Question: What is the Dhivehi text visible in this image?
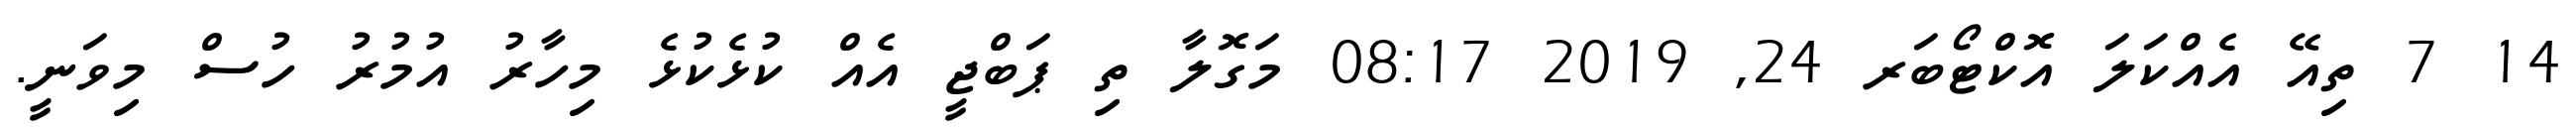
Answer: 14 7 ތިއޭ އެއްކަލަ އޮކްޓޯބަރ 24, 2019 08:17 މަގޮލާ ތި ޕަބްޖީ އެއް ކުޅެކުޅެ މިހާރު އުމުރު ހުސް މިވަނީ.